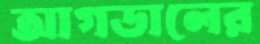
আগডালের